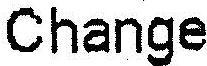
CHANGE